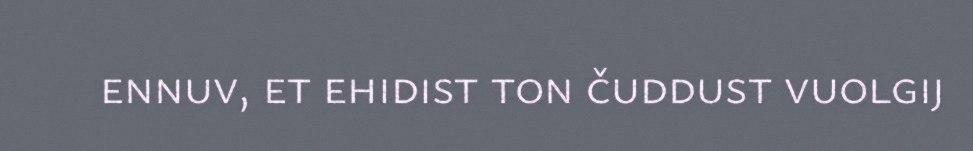
ennuv, et ehidist ton čuddust vuolgij